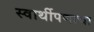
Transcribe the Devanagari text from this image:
स्वार्थीपणाचा